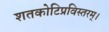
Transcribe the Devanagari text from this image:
शतकोटिप्रविस्तरम्‌।